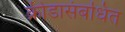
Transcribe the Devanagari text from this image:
क्रीडासंबधित